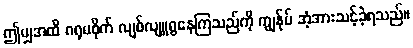
ဤမျှအထိ ဂရုမစိုက် လျစ်လျူရွနေကြသည်ကို ကျွန်ုပ် အံ့အားသင့်ခဲ့ရသည်။